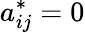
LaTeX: a_{ij}^{*}=0